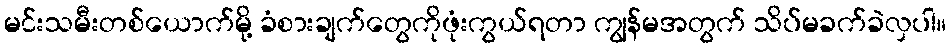
မင်းသမီးတစ်ယောက်မို့ ခံစားချက်တွေကိုဖုံးကွယ်ရတာ ကျွန်မအတွက် သိပ်မခက်ခဲလှပါ။